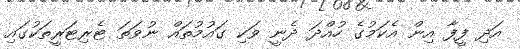
އަދި ފީފާ އިން އެކަމުގެ ހުއްދަ ދެނީ ވަކި ގައުމުތައް ނުވަތަ ޓެރިޓަރީތަކުގައި